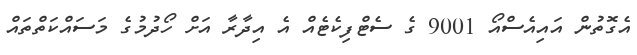
އެގޮތުން އައިއެސްއޯ 9001 ގެ ސެޓްފިކެޓެއް އެ އިދާރާ އަށް ހޯދުމުގެ މަސައްކަތްތައް